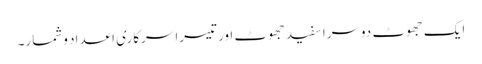
ایک جھوٹ دوسرا سفید جھوٹ اور تیسرا سرکاری اعداد وشمار۔